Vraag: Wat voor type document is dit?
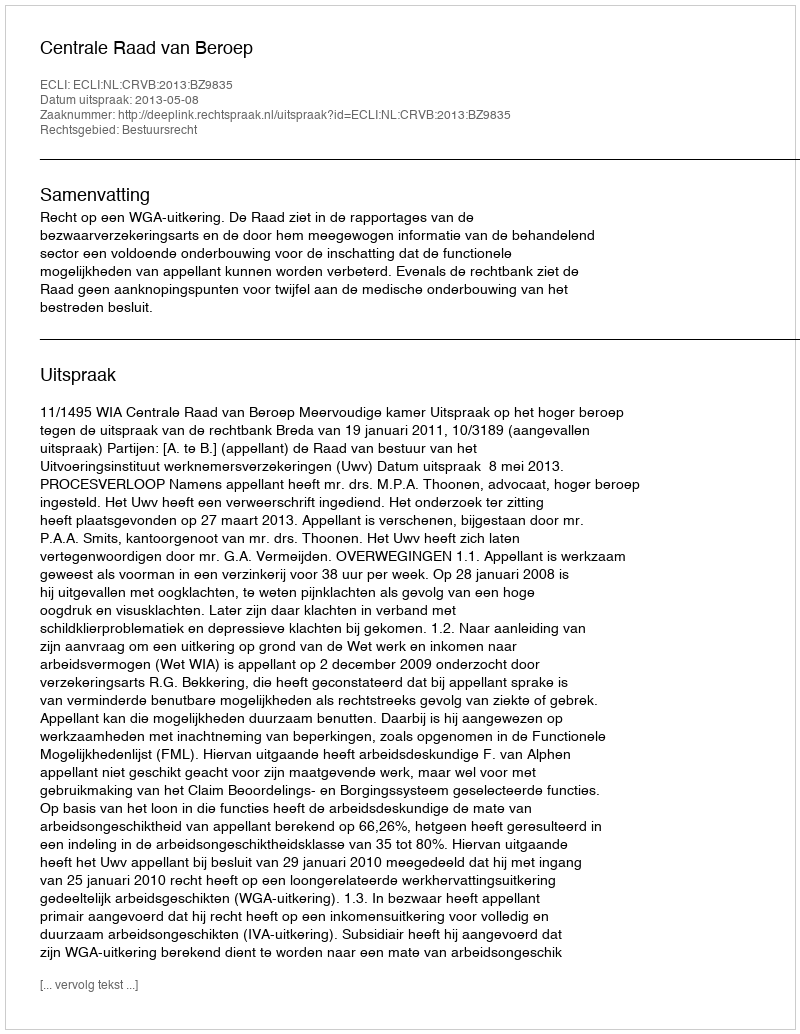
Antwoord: Uitspraak